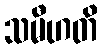
သမီဟတိ